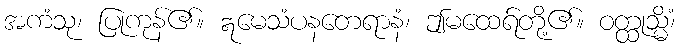
အကံသု၊ ပြုကုန်၏။ ဣမေသံပနတေရာနံ၊ ဤမထေရ်တို့၏။ ဝတ္ထုသ္မိံ၊